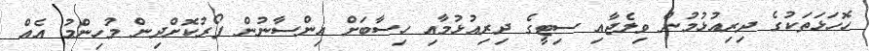
ހޮހަޅަތަކުގެ ދިރިއުޅުމުން ވިލެޖާއި ސިޓީގެ ދިރިއުޅުމާއި ހިސާބަށް އިންސާނުން ފޯރުކޮށްދިން މުހިންމު އެއް